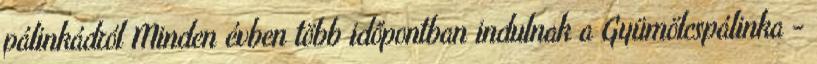
pálinkádról Minden évben több időpontban indulnak a Gyümölcspálinka -